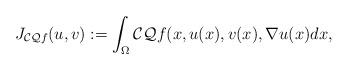
LaTeX: \begin{align*} J_{{\cal CQ} f}( u,v) :=\int_{\Omega}{\cal CQ }f(x,u(x) ,v(x) ,\nabla u(x) dx,\end{align*}